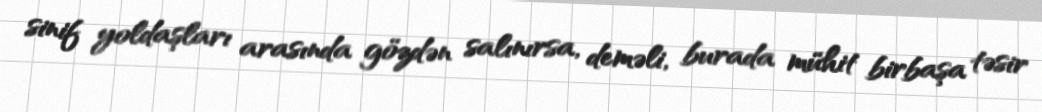
sinif yoldaşları arasında gözdən salınırsa, deməli, burada mühit birbaşa təsir